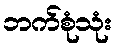
ဘက်စုံသုံး